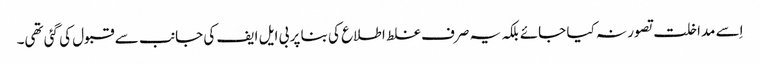
اِسے مداخلت تصور نہ کیا جائے بلکہ یہ صرف غلط اطلاع کی بنا پر بی ایل ایف کی جانب سے قبول کی گئی تھی۔